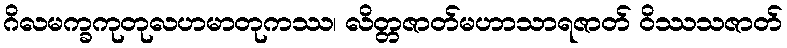
ဂိလမက္ခကုတုလဟမာတုကဿ၊ လိတ္တဇာတ်မဟာသာရဇာတ် ဝိဿသဇာတ်